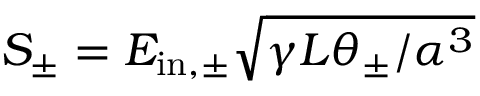
S _ { \pm } = E _ { \mathrm { i n , \pm } } \sqrt { \gamma L \theta _ { \pm } / \alpha ^ { 3 } }